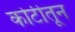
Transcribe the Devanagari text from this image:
कोटीतून